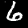
Label: 6